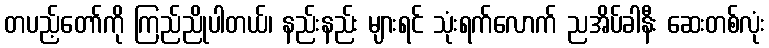
တပည့်တော်ကို ကြည်ညိုပါတယ်၊ နည်းနည်း များရင် သုံးရက်လောက် ညအိပ်ခါနီး ဆေးတစ်လုံး